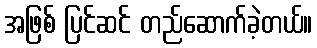
အဖြစ် ပြင်ဆင် တည်ဆောက်ခဲ့တယ်။